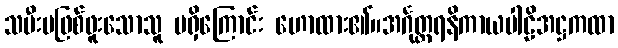
သမီးမဖြစ်ဖူးသောသူ မရှိကြောင်း ဟောထား၏။အင်္ဂုတ္တရနိကာယပါဠိအဋ္ဌကထာ